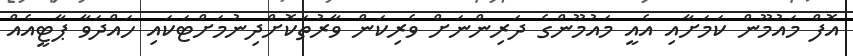
އޮފް މައުމޫން ކަމަށާއި އެއީ މައުމޫންގެ ދަރިންނަށް ވެރިކަން ވާރުތަކޮށްދިނުމަށްޓަކައި ހައްދަވާ ޕާޓީއެއް